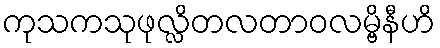
ကုသကသုဖုလ္လိတလတာဝလမ္ဗိနီဟိ